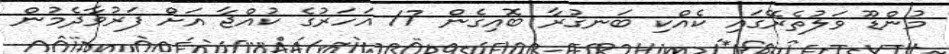
މުންޑޫ ވަލުތެރޭގައި ކެއްކި ބަނގުރާ ބޮއިގެން 17 އަހަރުގެ ކުއްޖާ އަށް ފަރުވާދެމުން